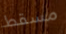
مسقط